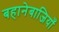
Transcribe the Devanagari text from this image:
बहानेबाजियाँ